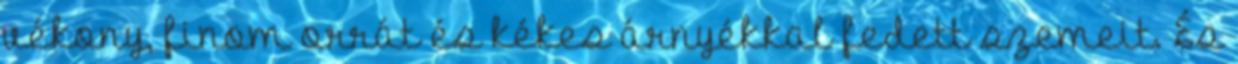
vékony, finom orrát és kékes árnyékkal fedett szemeit. És